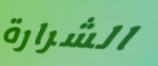
الشرارة